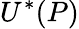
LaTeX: U^{*}(P)